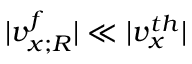
| v _ { x ; R } ^ { f } | \ll | v _ { x } ^ { t h } |